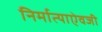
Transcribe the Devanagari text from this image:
निर्मात्याऐवजी